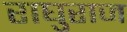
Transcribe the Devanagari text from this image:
राघुराज